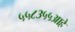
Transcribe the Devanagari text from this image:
५५८३५५आहे